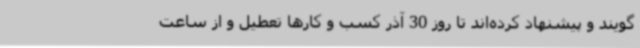
‌گویند و پیشنهاد کرده‌اند تا روز 30 آذر کسب و کارها تعطیل و از ساعت